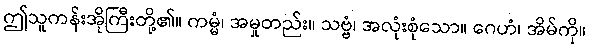
ဤသူကန်းအိုကြီးတို့၏။ ကမ္မံ၊ အမှုတည်း။ သဗ္ဗံ၊ အလုံးစုံသော။ ဂေဟံ၊ အိမ်ကို။